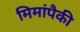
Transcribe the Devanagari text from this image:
मिमांपैकी